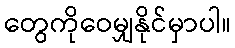
တွေကိုဝေမျှနိုင်မှာပါ။